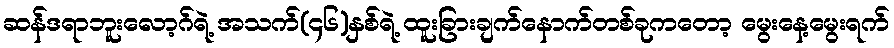
ဆန်ဒရာဘူးလော့ဂ်ရဲ့ အသက်(၄၆)နှစ်ရဲ့ ထူးခြားချက်နောက်တစ်ခုကတော့ မွေးနေ့မွေးရက်